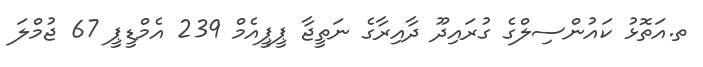
ތ.އަތޮޅު ކައުންސިލްގެ ގުރައިދޫ ދާއިރާގެ ނަތީޖާ ޕީޕީއެމް 239 އެމްޑީޕީ 67 ޖުމްލަ